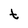
Character: t